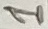
Text: 1